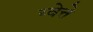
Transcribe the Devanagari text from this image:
य्वेत्ते